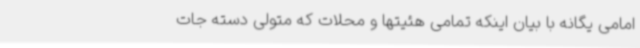
امامی یگانه با بیان اینکه تمامی هئیتها و محلات که متولی دسته جات